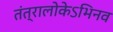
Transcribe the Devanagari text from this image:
तंत्रालोकेऽभिनव